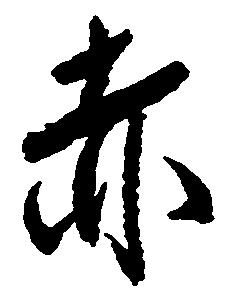
赤